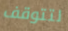
لتتوقف